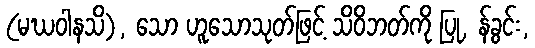
(မဃဝါနသိ), သော ဟူသောသုတ်ဖြင့် သိဝိဘတ်ကို ပြု, န်ခွင်း,